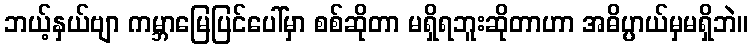
ဘယ့်နှယ်ဗျာ ကမ္ဘာမြေပြင်ပေါ်မှာ စစ်ဆိုတာ မရှိရဘူးဆိုတာဟာ အဓိပ္ပာယ်မှမရှိဘဲ။